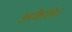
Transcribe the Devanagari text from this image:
अकेले।